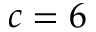
c = 6